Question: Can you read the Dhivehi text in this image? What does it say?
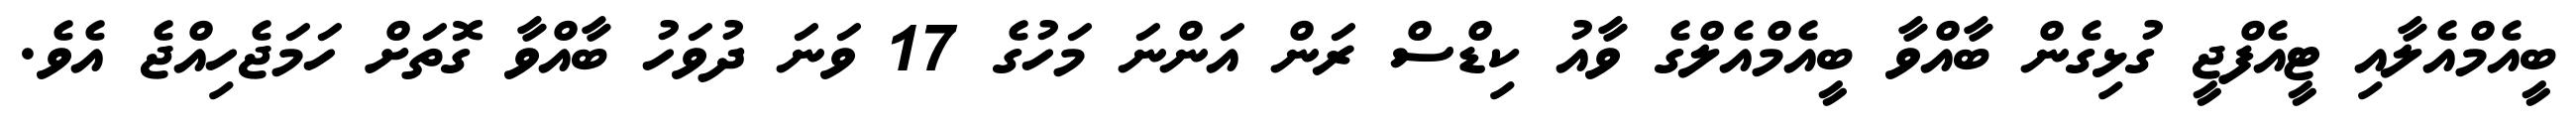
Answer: ބީއެމްއެލާއި ޓީއެފްޖީ ގުޅިގެން ބާއްވާ ބީއެމްއެލްގެ ވާއު ކިޑްސް ރަން އަންނަ މަހުގެ 17 ވަނަ ދުވަހު ބާއްވާ ގޮތަށް ހަމަޖެހިއްޖެ އެވެ.